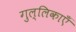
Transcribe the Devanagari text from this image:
गुल्लिकाएँ